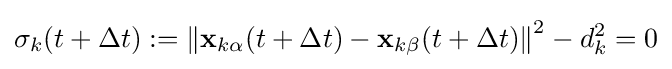
\sigma _{k}(t+\Delta t):=\left\|\mathbf {x} _{k\alpha }(t+\Delta t)-\mathbf {x} _{k\beta }(t+\Delta t)\right\|^{2}-d_{k}^{2}=0